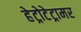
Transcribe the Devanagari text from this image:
हेट्रोटेट्रामर